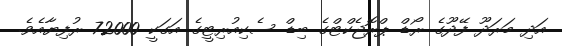
އަދި މަރަދޫ ފޭދޫގެ ރޯޑް ޕްރޮޖެކްޓްގެ ބިޑް ސެކިއުރިޓީގެ އަގަކީ 72000 ރުފިޔާއެވެ.